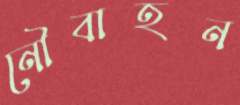
নৌবাহন